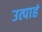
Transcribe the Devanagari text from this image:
उत्पाहं